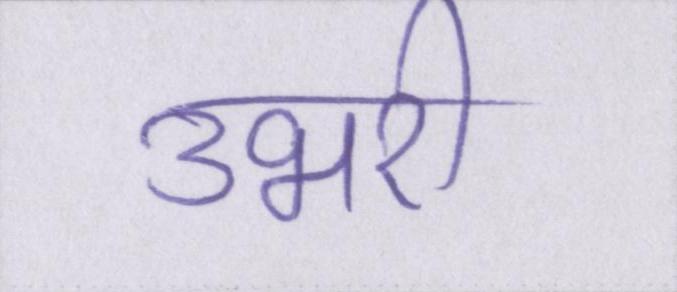
उभरी